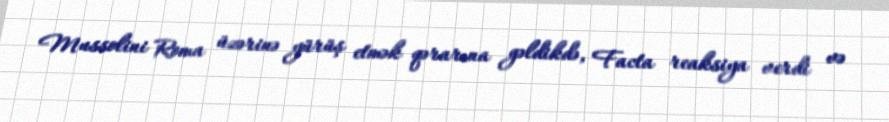
Mussolini Roma üzərinə yürüş etmək qərarına gəldikdə, Facta reaksiya verdi və